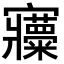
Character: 𡬍